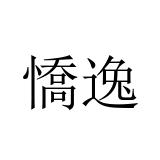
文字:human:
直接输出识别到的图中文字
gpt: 憍逸